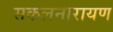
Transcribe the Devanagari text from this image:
सकलनारायण